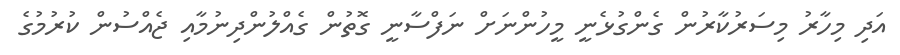
އަދި މިހާރު މިސަރުކާރުން ގެންގުޅެނީ މީހުންނަށް ނަފްސާނީ ގޮތުން ގެއްލުންދިނުމާއި ޖެއްސުން ކުރުމުގެ